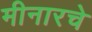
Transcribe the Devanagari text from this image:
मीनारचे